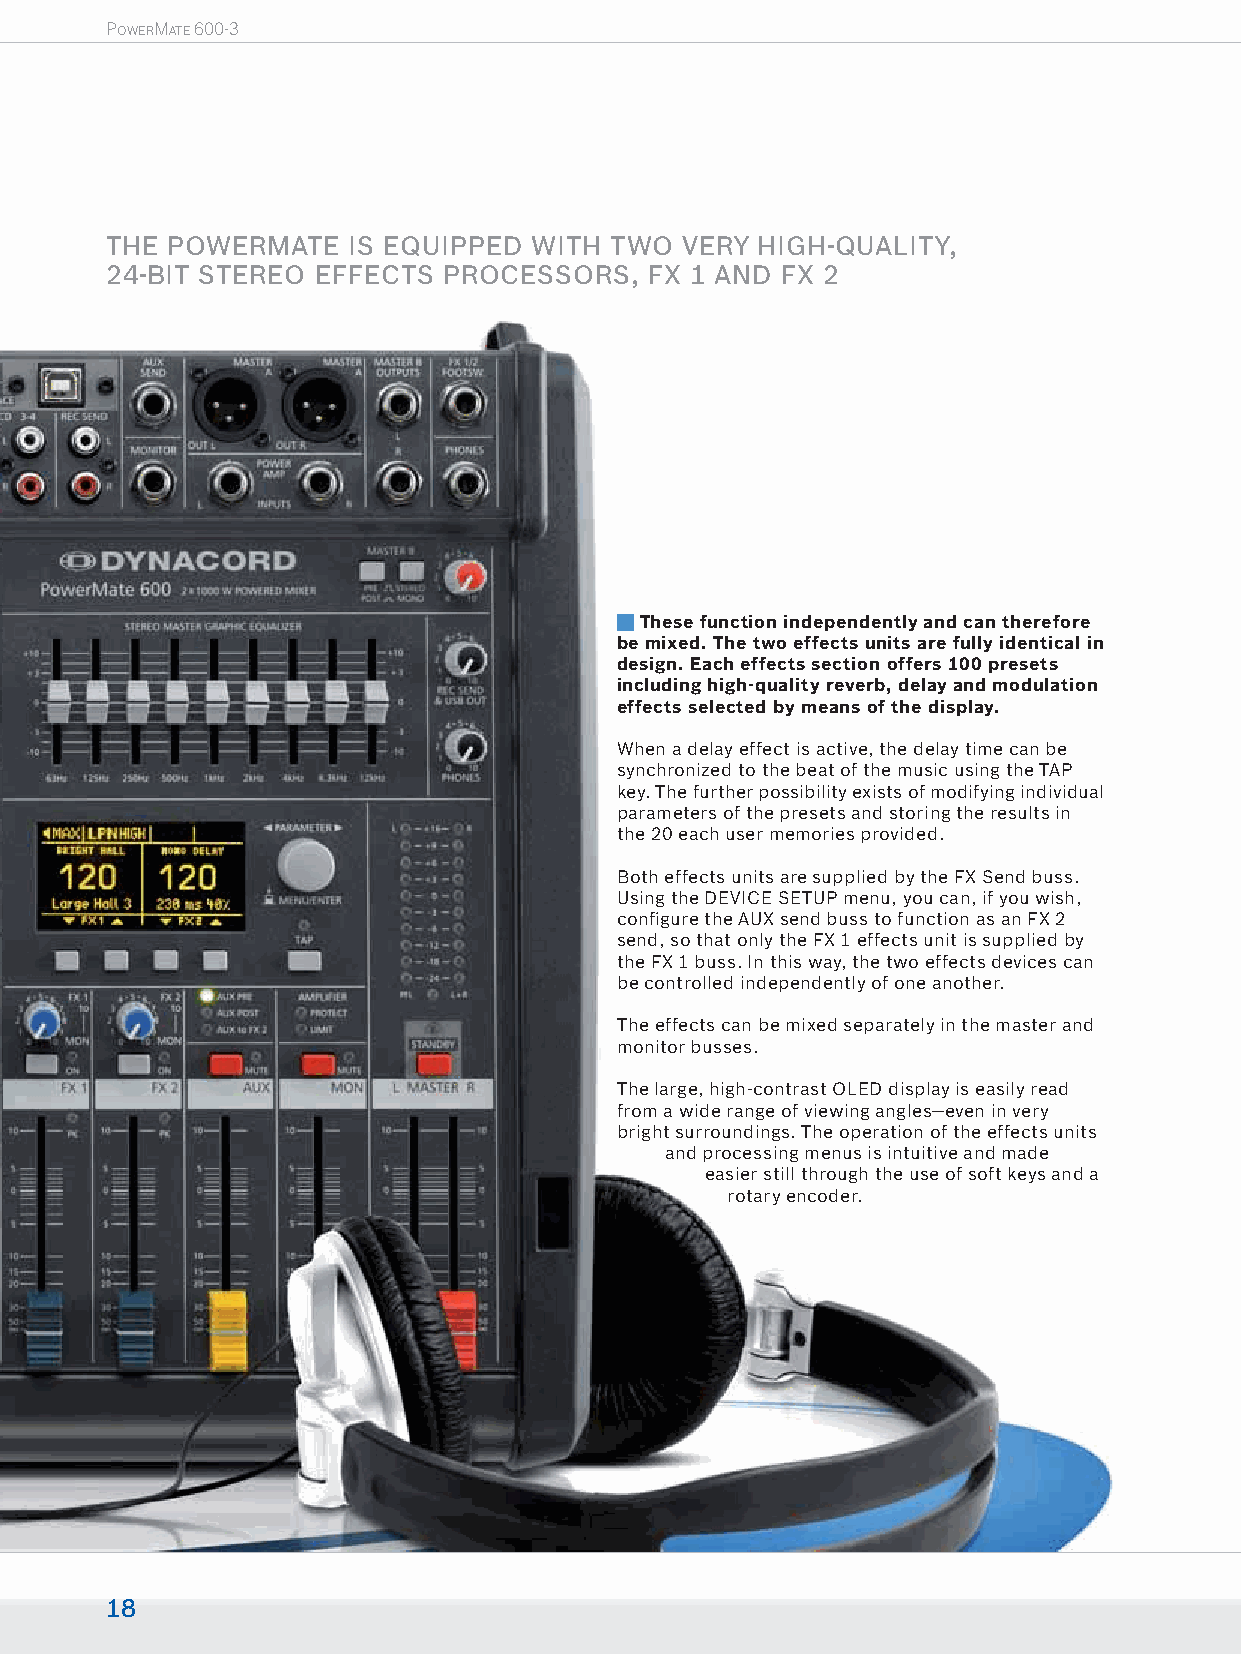
POWERMATE 600-3
 THE POWERMATE   IS EQUIPPED WITH TWO  VERY HIGH-QUALITY,
 24-BIT STEREO EFFECTS PROCESSORS,   FX 1 AND FX 2
 These function independently and can therefore
 be mixed. The two effects units are fully identical in
 design. Each effects section offers 100 presets
 including high-quality reverb, delay and modulation
 effects selected by means of the display.
 When a delay effect is active, the delay time can be
 synchronized to the beat of the music using the TAP
 key. The further possibility exists of modifying individual
 parameters of the presets and storing the results in
 the 20 each user memories provided.
 Both effects units are supplied by the FX Send buss.
 Using the DEVICE SETUP menu, you can, if you wish,
 confi gure the AUX send buss to function as an FX 2
 send, so that only the FX 1 effects unit is supplied by
 the FX 1 buss. In this way, the two effects devices can
 be controlled independently of one another.
 The effects can be mixed separately in the master and
 monitor busses.
 The large, high-contrast OLED display is easily read
 from a wide range of viewing angles—even in very
 bright surroundings. The operation of the effects units
 and processing menus is intuitive and made
 easier still through the use of soft keys and a
 rotary encoder.
 18